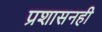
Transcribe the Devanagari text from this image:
प्रशासनही